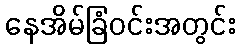
နေအိမ်ခြံဝင်းအတွင်း